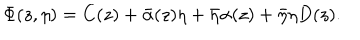
\Phi ( z , \eta ) = C ( z ) + \bar { \alpha } ( z ) \eta + \bar { \eta } \alpha ( z ) + \bar { \eta } \eta D ( z ) .